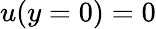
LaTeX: u(y=0)=0